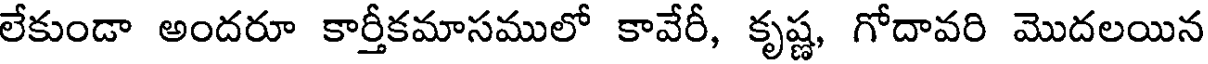
లేకుండా అందరూ కార్తీకమాసములో కావేరీ, కృష్ణ, గోదావరి మొదలయిన